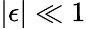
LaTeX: |\epsilon|\ll 1